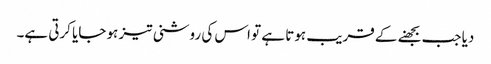
دیا جب بجھنے کے قریب ہوتا ہے تو اس کی روشنی تیز ہو جایا کرتی ہے۔